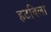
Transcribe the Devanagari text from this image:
हटविला